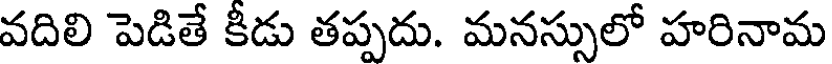
వదిలి పెడితే కిడు తప్పదు. మనస్సులో హరినామ